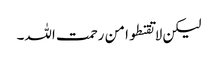
لیکن لا تقنطوا من رحمت اللہ۔